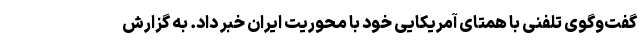
گفت‌وگوی تلفنی با همتای آمریکایی خود با محوریت ایران خبر داد. به گزارش